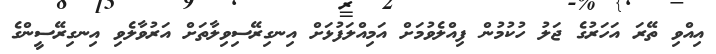
އިއްވި ތޭރަ އަހަރުގެ ޖަލު ހުކުމުން ފިއްލެވުމަށް އަމިއްލަފުޅަށް އިނގިރޭސިވިލާތަށް އަރުވާލެވި އިނގިރޭސީންގެ